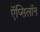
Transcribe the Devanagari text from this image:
ऍप्सिलॉन